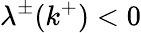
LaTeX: \lambda^{\pm}(k^{+})<0